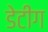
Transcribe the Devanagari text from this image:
डेटींग